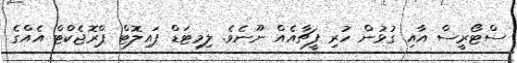
ސްޓޯރީސް އާއި ގުޅުން ހުރި ފީޗާއެއް ނޫނެވެ. ލިމިޓަޑް ޕައިލޮޓް ޕްރޮޖެކްޓް އެއްގެ